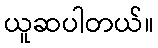
ယူဆပါတယ်။